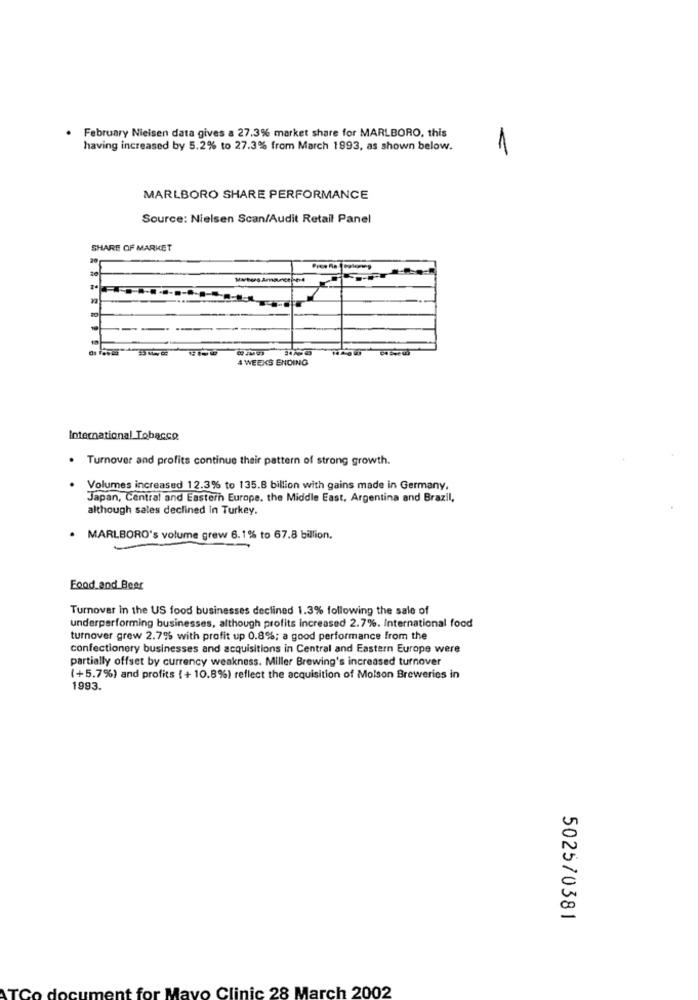
February Nielsen data gives a 27.3% market share for MARLBORO, this
having increased by 5.2% to 27.3% from March 1993, as shown below.
1
MARLBORO SHARE PERFORMANCE
Source: Nielsen Scan/Audit Retail Panel
SHARE OF MARKET
4 WEEKS ENDING
International Tobacco
. Turnover and profits continue their pattern of strong growth.
· Volumes increased 12.3% to 135.8 billion with gains made in Germany,
Japan, Central and Eastern Europe. the Middle East, Argentina and Brazil,
although sales declined in Turkey.
. MARLBORO's volume grew 6.1% to 67.8 billion.
Food and Bear
Turnover in the US food businesses declined 1.3% following the sale of
underperforming businesses, although profits increased 2.7%. International food
turnover grew 2.7% with profit up 0.8%; a good performance from the
confectionery businesses and acquisitions in Central and Eastern Europe were
partially offset by currency weakness. Miller Brewing's increased turnover
(+5.7%) and profits {+ 10.8%) reflect the acquisition of Molson Breweries in
1993.
5025/0381
ent for
Mayo Clinic 28 March 2002
TC